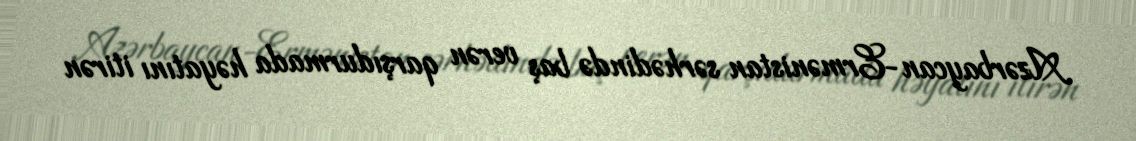
Azərbaycan-Ermənistan sərhədində baş verən qarşıdurmada həyatını itirən